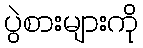
ပွဲစားများကို